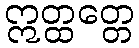
ဣတ္ထတ္တေ